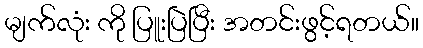
မျက်လုံး ကို ပြူးပြဲပြီး အတင်းဖွင့်ရတယ်။